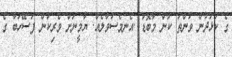
ގެ ކުޅަދުން ވަންތަ ކަން މާބޮޑު .އެނމެސުވާލެއް. ޔާމީނަށް ވެރިކަން ފަސޭހަބާ ގެ